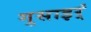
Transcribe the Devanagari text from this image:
गुसाइर्ं